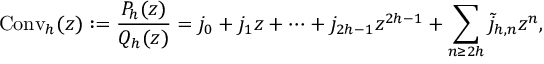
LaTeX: \operatorname { C o n v } _ { h } ( z ) : = { \frac { P _ { h } ( z ) } { Q _ { h } ( z ) } } = j _ { 0 } + j _ { 1 } z + \cdots + j _ { 2 h - 1 } z ^ { 2 h - 1 } + \sum _ { n \geq 2 h } { \widetilde { j } } _ { h , n } z ^ { n } ,